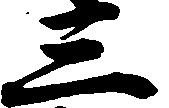
三